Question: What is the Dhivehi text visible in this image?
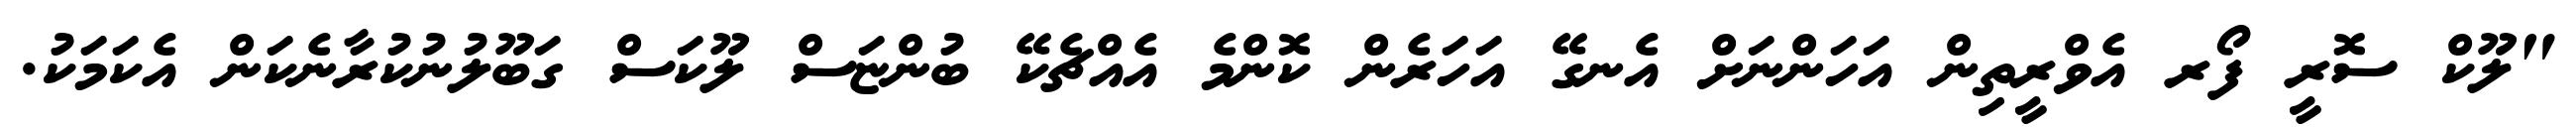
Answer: "ލޫކް ސޮރީ ފޯރ އެވްރީތިން އަހަންނަށް އެނގޭ އަހަރެން ކޮންމެ އެއްޗެކޭ ބުންޏަސް ލޫކަސް ގަބޫލުނުކުރާނެކަން އެކަމަކު.